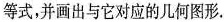
等式，并画出与它对应的几何图形.